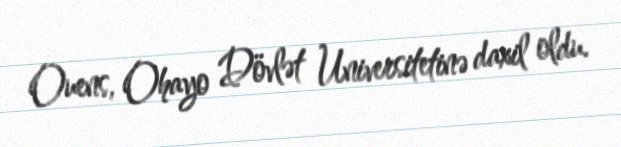
Ouens, Ohayo Dövlət Universitetinə daxil oldu.